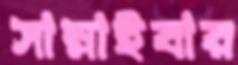
সাম্‌লাইবার